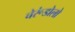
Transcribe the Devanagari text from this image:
चेरूंडोलो